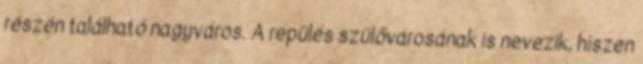
részén található nagyváros. A repülés szülővárosának is nevezik, hiszen